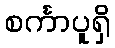
စင်္ကာပူရှိ